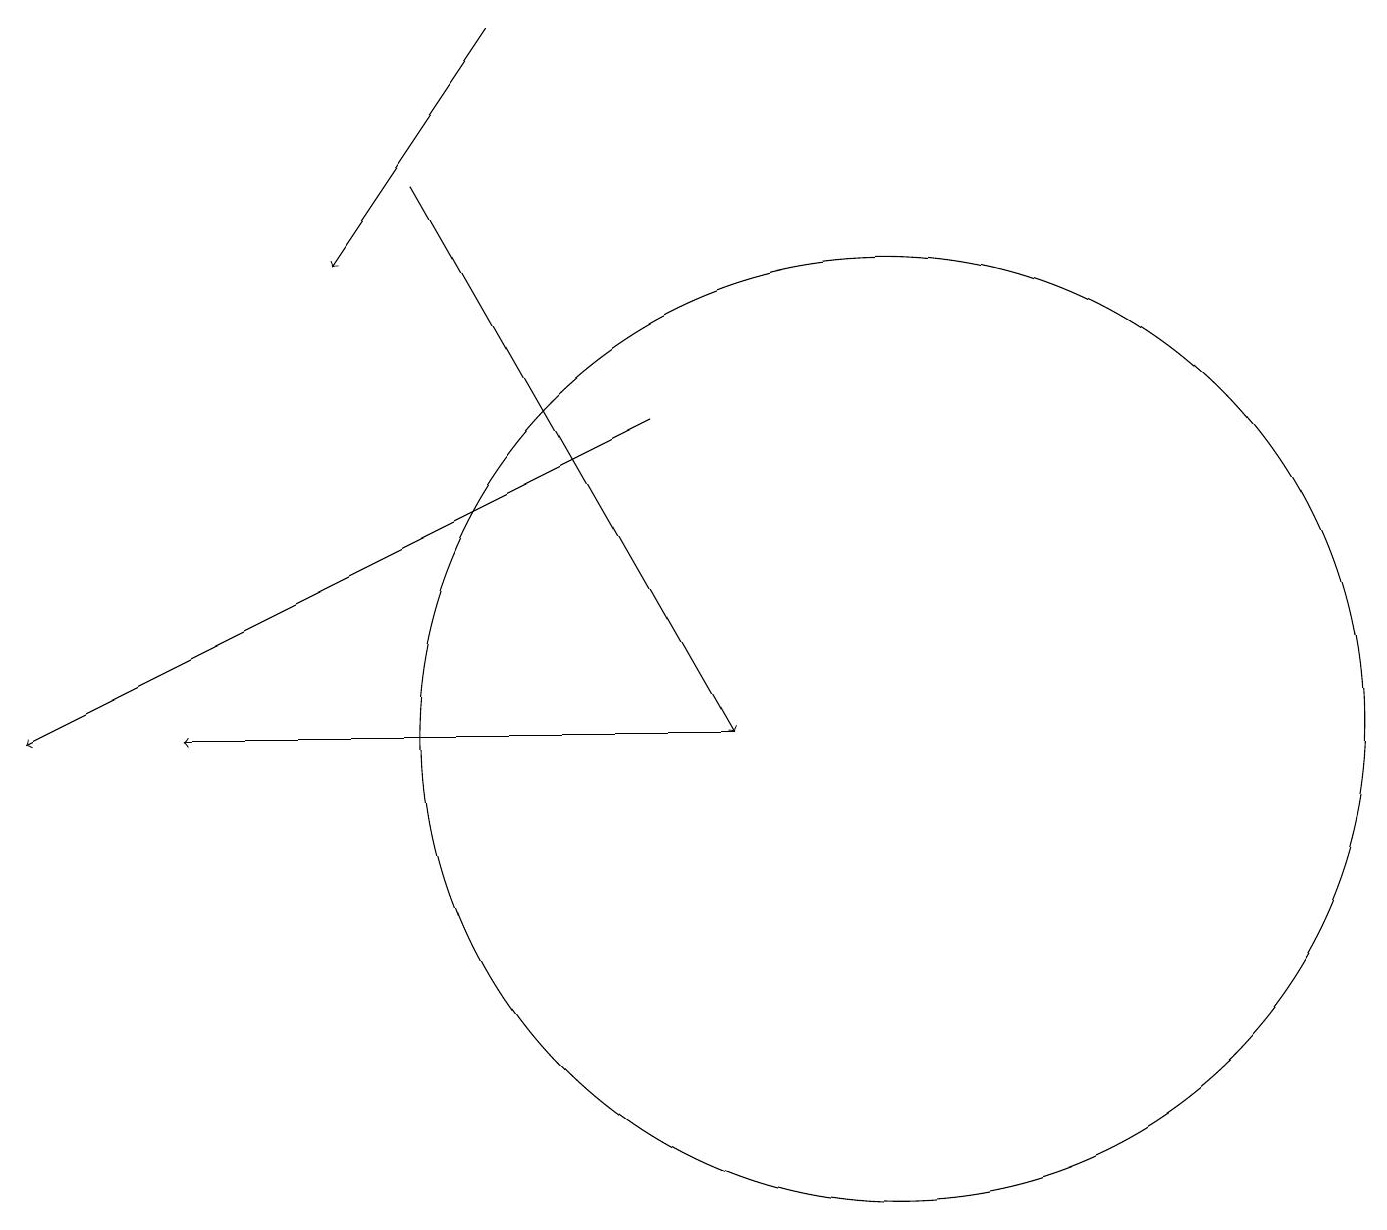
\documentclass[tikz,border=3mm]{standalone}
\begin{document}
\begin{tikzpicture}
\draw[->] (5,17) -- (9,10);
\draw[->] (8,14) -- (0,10);
\draw[->] (6,19) -- (4,16);
\draw[->] (9,10) -- (2,10);
\draw (11,10) circle (6);
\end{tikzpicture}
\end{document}